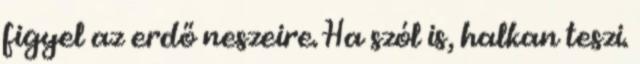
figyel az erdő neszeire. Ha szól is, halkan teszi.